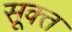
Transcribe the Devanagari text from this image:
सूक्‍त